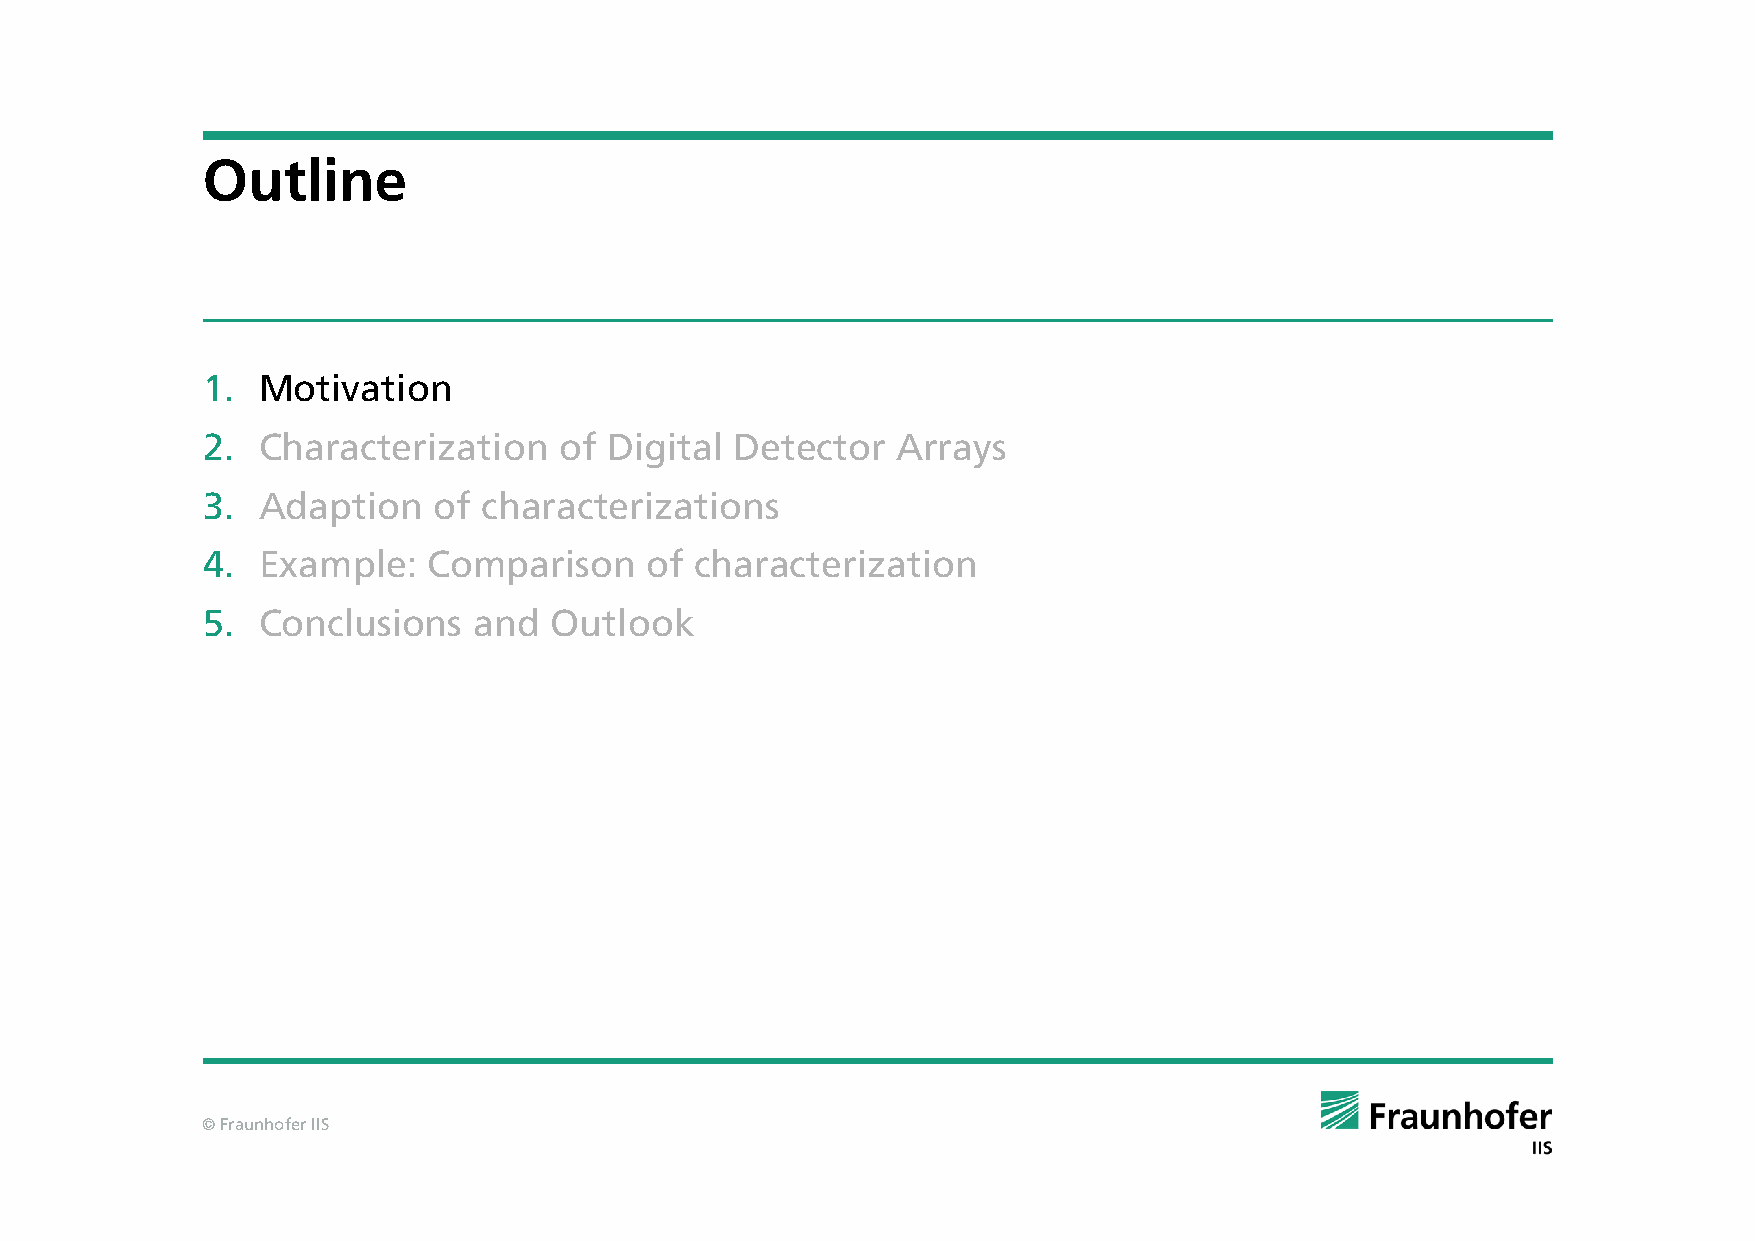
Outline
 1.  Motivation
 2.  Characterization    of Digital  Detector  Arrays
 3.  Adaption    of characterizations
 4.  Example:   Comparison     of characterization
 5.  Conclusions   and  Outlook
 © Fraunhofer IIS